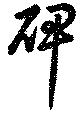
碑